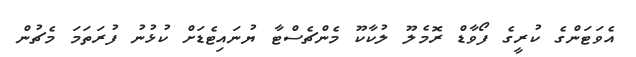
އެވަޓަންގެ ކުރީގެ ފޯވާޑް ރޮމެލޫ ލުކާކޫ މެންޗެސްޓާ ޔުނައިޓެޑަށް ކުޅުނު ފުރަތަމަ މެޗުން